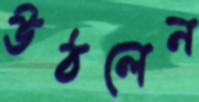
উঠলেন